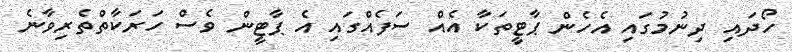
ހޯދައި ދިނުމުގައި އެހެން ޕާޓީތަކާ އެއް ސަފެއްގައި އެ ޕާޓީން ވެސް ހަރަކާތްތެރިވާނެ